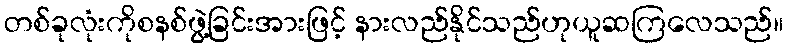
တစ်ခုလုံးကိုစနစ်ဖွဲ့ခြင်းအားဖြင့် နားလည်နိုင်သည်ဟုယူဆကြလေသည်။